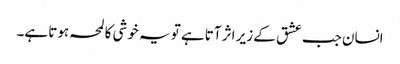
انسان جب عشق کے زیر اثر آتا ہے تو یہ خوشی کا لمحہ ہوتا ہے۔